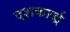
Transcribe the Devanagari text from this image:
दशकार्द्ध